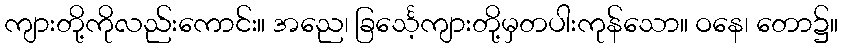
ကျားတို့ကိုလည်းကောင်း။ အညေ၊ ခြင်္သေ့ကျားတို့မှတပါးကုန်သော။ ဝနေ၊ တော၌။